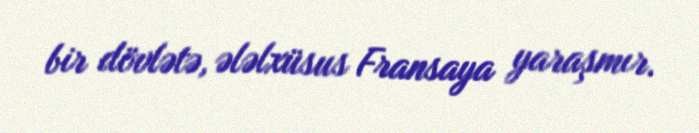
bir dövlətə, ələlxüsus Fransaya yaraşmır.